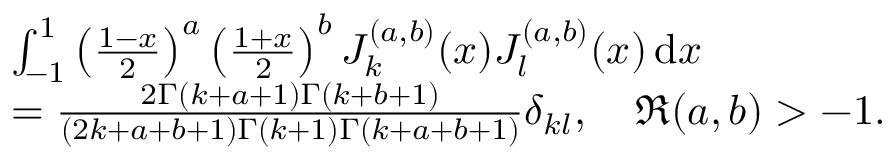
\begin{array} { r l } & { \int _ { - 1 } ^ { 1 } \left( \frac { 1 - x } { 2 } \right) ^ { a } \left( \frac { 1 + x } { 2 } \right) ^ { b } J _ { k } ^ { ( a , b ) } ( x ) J _ { l } ^ { ( a , b ) } ( x ) \, \mathrm { d } x } \\ & { = \frac { 2 \Gamma ( k + a + 1 ) \Gamma ( k + b + 1 ) } { ( 2 k + a + b + 1 ) \Gamma ( k + 1 ) \Gamma ( k + a + b + 1 ) } \delta _ { k l } , \quad \Re ( a , b ) > - 1 . } \end{array}